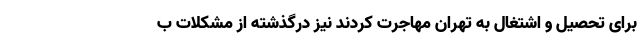
برای تحصیل و اشتغال به تهران مهاجرت کردند نیز درگذشته از مشکلات ب